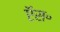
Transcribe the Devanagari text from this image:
ऍस॰